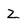
Character: Z